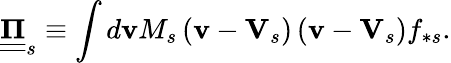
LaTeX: \underline{{\underline{{\mathbf{\Pi}}}}}_{s}\equiv\int d\mathbf{v}M_{s}\left(\mathbf{v}-\mathbf{V}_{s}\right)\left(\mathbf{v}-\mathbf{V}_{s}\right)f_{\ast s}.